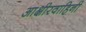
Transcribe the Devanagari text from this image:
आक्षीरवाहिनी